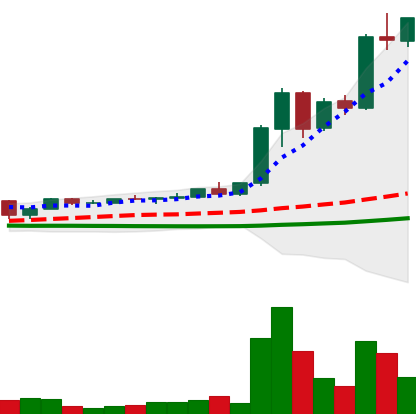
Ticker: XRP-USD
Chart end date: 2021-04-12
Forward return: 6.29%
Label: up_5_7